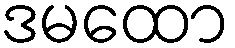
ဒမထော